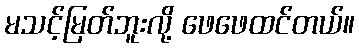
မသင့်မြတ်ဘူးလို့ ဖေဖေထင်တယ်။